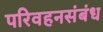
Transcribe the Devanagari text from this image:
परिवहनसंबंध